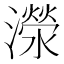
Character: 濴